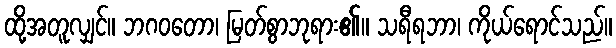
ထို့အတူလျှင်။ ဘဂဝတော၊ မြတ်စွာဘုရား၏။ သရီရဘာ၊ ကိုယ်ရောင်သည်။